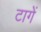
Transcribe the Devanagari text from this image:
टागें